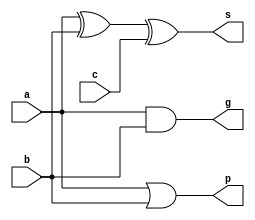
//////////////////////////////////////////////////////////////////////////////////
// Module Name: 1-Bit Adder using Carry Look Ahead 
// Description: Figure 3.10 shows related schematic
// Revision:
// 26.05.2020 -> Revision 0.01 - Created
//////////////////////////////////////////////////////////////////////////////////

`timescale 1ns / 1ps

module Adder1Bit_CLA(
    input a,
    input b,
    input c,
    output g,
    output p,
    output s);
    
    assign s = a ^ b ^ c;   // Sum of inputs
    assign g = a & b;       // Carry generator
    assign p = a | b;       // Carry propagator
    
endmodule